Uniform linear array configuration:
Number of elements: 48
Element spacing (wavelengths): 0.75
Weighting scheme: cosine
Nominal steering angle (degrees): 15
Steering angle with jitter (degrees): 16.944
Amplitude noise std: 0.05
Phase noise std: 0.05

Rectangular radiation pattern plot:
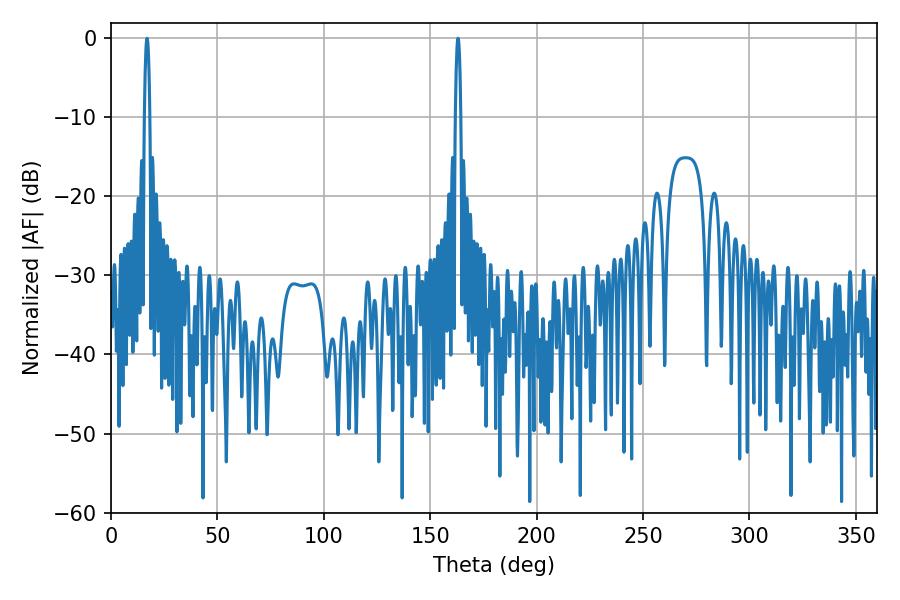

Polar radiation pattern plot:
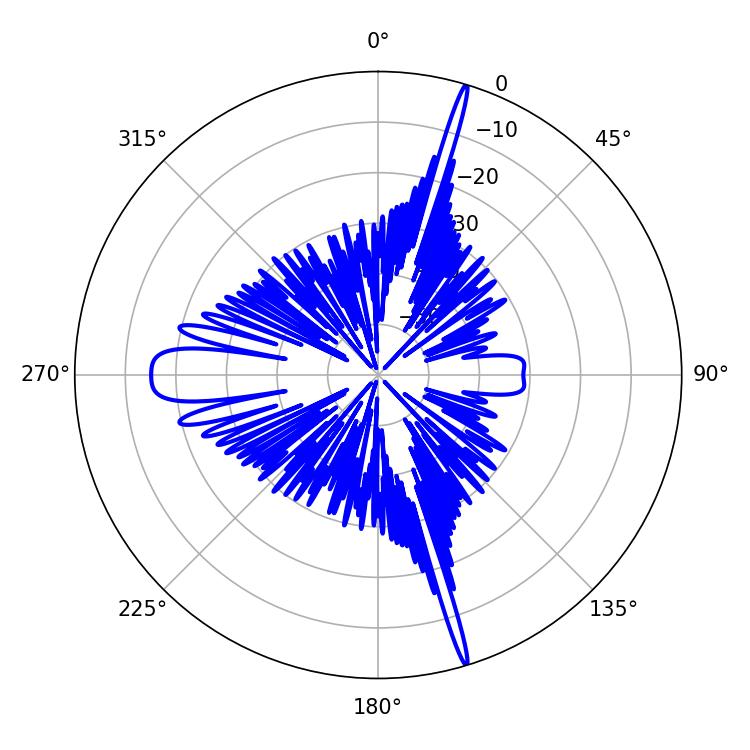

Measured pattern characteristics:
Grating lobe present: TRUE
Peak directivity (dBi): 23.773
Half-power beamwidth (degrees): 1.44
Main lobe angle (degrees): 16.92